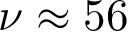
\nu \approx 5 6